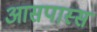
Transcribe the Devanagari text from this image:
आसपास्स